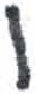
אות: ו